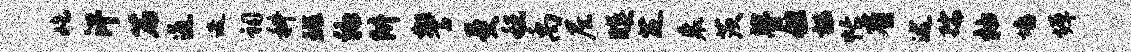
屹汗篇通迭祠科斑编阱警受税禹尼暝芝裘茨瞢但槛帐省述孺柚墙墀